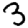
Digit: 3